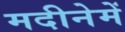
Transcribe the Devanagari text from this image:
मदीनेमें